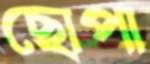
ছোপা